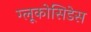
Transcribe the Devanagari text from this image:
ग्लूकोसिडेस